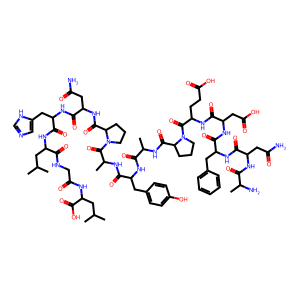
SMILES: CC(C)CC(NC(=O)CNC(=O)C(CC(C)C)NC(=O)C(Cc1cnc[nH]1)NC(=O)C(CC(N)=O)NC(=O)C1CCCN1C(=O)C(C)NC(=O)C(Cc1ccc(O)cc1)NC(=O)C(C)NC(=O)C1CCCN1C(=O)C(CCC(=O)O)NC(=O)C(CC(=O)O)NC(=O)C(Cc1ccccc1)NC(=O)C(CC(N)=O)NC(=O)C(C)N)C(=O)O
Inhibits HIV replication: No